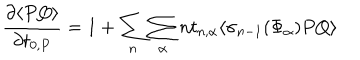
\frac { \partial \langle P Q \rangle } { \partial t _ { 0 , P } } = 1 + \sum _ { n } \sum _ { \alpha } n t _ { n , \alpha } \langle \sigma _ { n - 1 } ( \Phi _ { \alpha } ) P Q \rangle